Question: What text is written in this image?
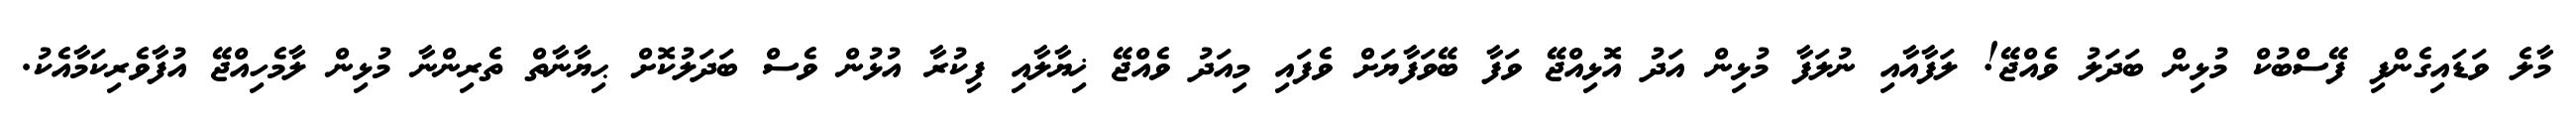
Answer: މާލެ ވަޑައިގެންފި ފޭސްބުކް މުޅިން ބަދަލު ވެއްޖޭ! ލަފާއާއި ނުލަފާ މުޅިން އަދު އޮޅިއްޖޭ ވަފާ ބޭވަފާޔަށް ވެފައި މިއަދު ވެއްޖޭ ޚިޔާލާއި ފިކުރާ އުޅުން ވެސް ބަދަލުކޮށް ޙިޔާނާތް ތެރިންނާ މުޅިން ލާމެހިއްޖޭ އުފާވެރިކަމާއެކު.